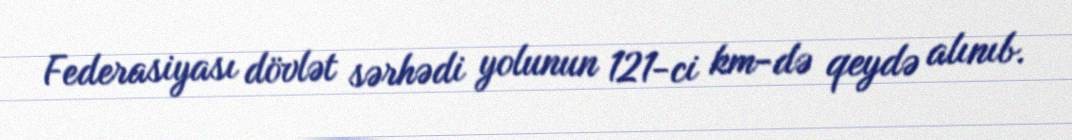
Federasiyası dövlət sərhədi yolunun 121-ci km-də qeydə alınıb.